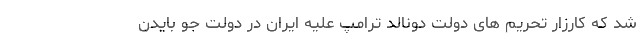
شد که کارزار تحریم های دولت دونالد ترامپ علیه ایران در دولت جو بایدن